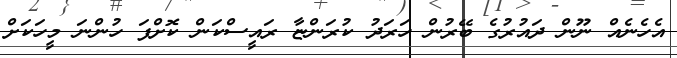
އެހެނެއް ނޫން ދައުރުގެ ބޭރުން ހަރަދު ކުރަންޏާ ރައީސްކަން ކޮށްފަ ހުންނަ މީހަކަށް